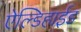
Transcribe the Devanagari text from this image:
ऐल्डिहाईड